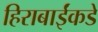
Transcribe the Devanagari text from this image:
हिराबाईंकडे